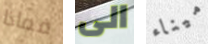
فماذا الى ميناء